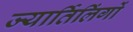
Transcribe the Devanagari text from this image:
ज्यार्तिलिंगों